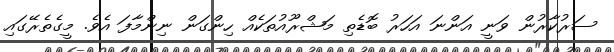
ސަރުކާރުން ވަނީ އަންނަ އަހަރު ބޮޑެތި މަޝްރޫއުތަކެއް ހިންގަން ނިންމާފަ އެވެ. މީގެތެރޭގައި